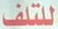
للتلف